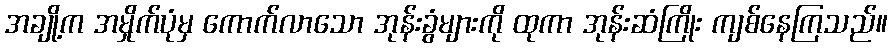
အချို့က အမှိုက်ပုံမှ ကောက်လာသော အုန်းခွံများကို ထုကာ အုန်းဆံကြိုး ကျစ်နေကြသည်။